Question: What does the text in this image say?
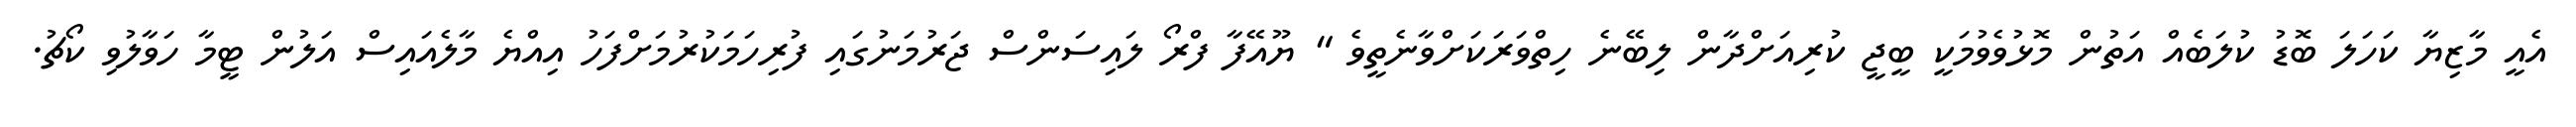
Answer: އެއީ މާޒިޔާ ކަހަލަ ބޮޑު ކުލަބެއް އަތުން މޮޅުވެވުމަކީ ބީޖީ ކުރިއަށްދާން ލިބޭނެ ހިތްވަރަކަށްވާނެތީވެ " ޔޫއޭފާ ފްރޯ ލައިސަންސް ޖަރުމަނުގައި ފުރިހަމަކުރުމަށްފަހު އިއްޔެ މާލެއައިސް އަލުން ޓީމާ ހަވާލުވި ކޯޗު.